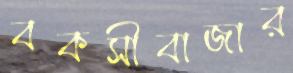
বকসীবাজার